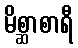
မိစ္ဆာစာရီ